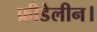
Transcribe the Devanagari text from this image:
फ्रीडेलीन।